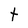
Character: t